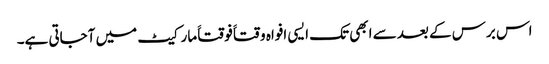
اس برس کے بعد سے ابھی تک ایسی افواہ وقتاََ فوقتاََ مارکیٹ میں آجاتی ہے۔